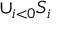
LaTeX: \cup _ { i < 0 } S _ { i }